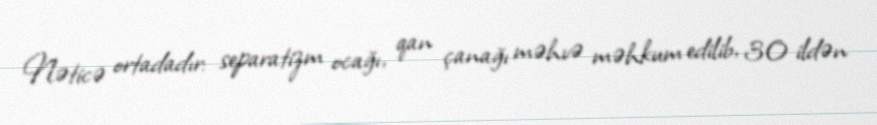
Nəticə ortadadır: separatizm ocağı, qan çanağı məhvə məhkum edilib, 30 ildən